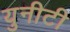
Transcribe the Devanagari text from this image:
युनीटी